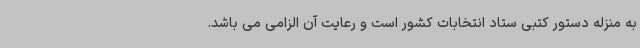
به منزله دستور کتبی ستاد انتخابات کشور است و رعایت آن الزامی می باشد.